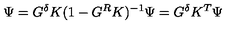
\Psi = G ^ { \delta } K ( 1 - G ^ { R } K ) ^ { - 1 } \Psi = G ^ { \delta } K ^ { T } \Psi